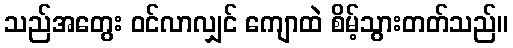
သည်အတွေး ဝင်လာလျှင် ကျောထဲ စိမ့်သွားတတ်သည်။